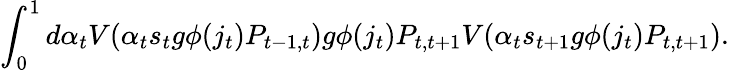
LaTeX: \int_{0}^{1}d\alpha_{t}V(\alpha_{t}s_{t}g\phi(j_{t})P_{t-1,t})g\phi(j_{t})P_{t,t+1}V(\alpha_{t}s_{t+1}g\phi(j_{t})P_{t,t+1}).